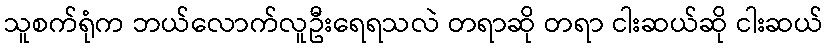
သူစက်ရုံက ဘယ်လောက်လူဦးရေရသလဲ တရာဆို တရာ ငါးဆယ်ဆို ငါးဆယ်